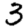
Digit: 3